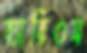
ব্যারিওস